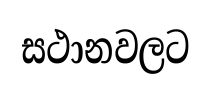
සථානවලට